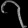
Digit: ၇